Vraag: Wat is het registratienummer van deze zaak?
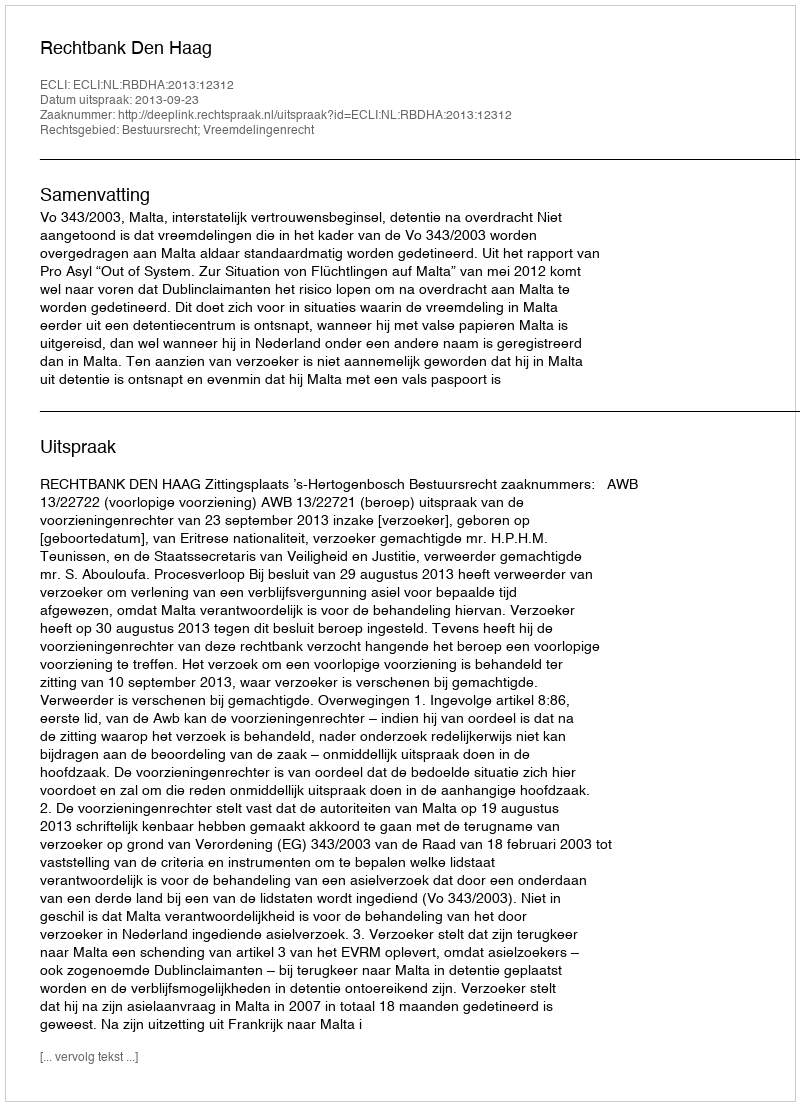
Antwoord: http://deeplink.rechtspraak.nl/uitspraak?id=ECLI:NL:RBDHA:2013:12312